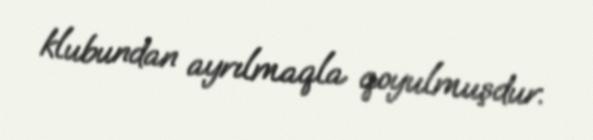
klubundan ayrılmaqla qoyulmuşdur.